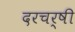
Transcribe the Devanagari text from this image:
दरचर्षी